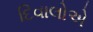
દિવાલોએ